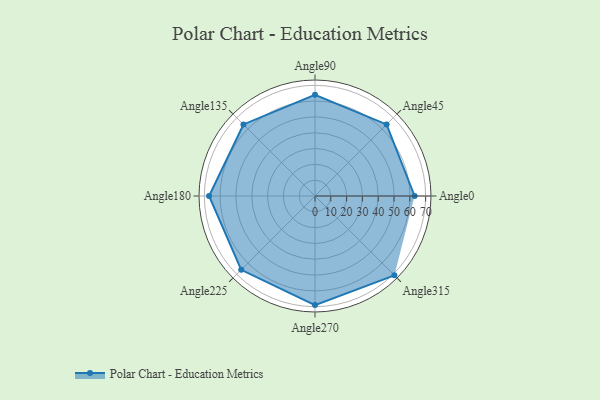
{"axis": {"x": "Angle", "y": "Radius"}, "legend": [""], "data": [{"x": "Angle0", "y": 63.0, "type": ""}, {"x": "Angle45", "y": 64.0, "type": ""}, {"x": "Angle90", "y": 64.0, "type": ""}, {"x": "Angle135", "y": 64.0, "type": ""}, {"x": "Angle180", "y": 67.0, "type": ""}, {"x": "Angle225", "y": 66.0, "type": ""}, {"x": "Angle270", "y": 69.0, "type": ""}, {"x": "Angle315", "y": 71.0, "type": ""}]}